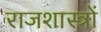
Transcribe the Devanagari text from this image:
राजशास्त्रों